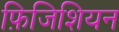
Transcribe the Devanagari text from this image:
फ़िजिशियन